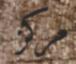
مركز